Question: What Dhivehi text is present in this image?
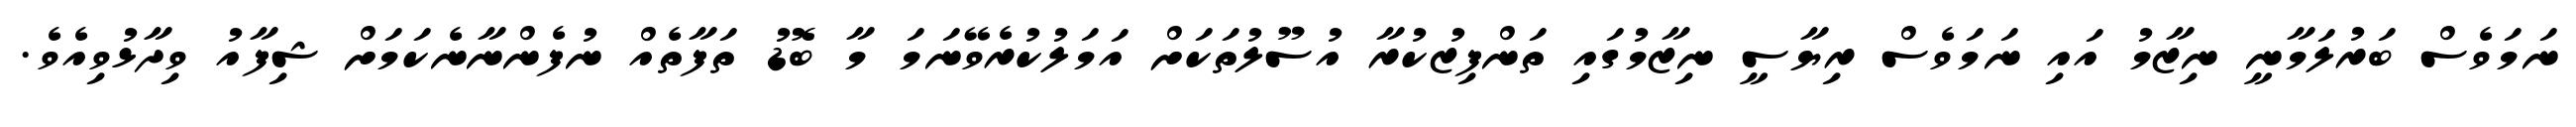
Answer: ނަމަވެސް ބަރުލަމާނީ ނިޒާމު އައި ނަމަވެސް ރިޔާސީ ނިޒާމުގައި ތަންފިޒުކުރާ އުސޫލުތަކަށް އަމަލުކުރެވޭނަމަ މާ ބޮޑު ތަފާތެއް ނުފެންނާނެކަމަށް ޝިފާއު ވިދާޅުވިއެވެ.